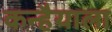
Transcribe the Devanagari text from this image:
कन्हैयाला